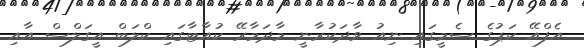
އެފްއޭ ކަޕުގެ ސެމީގައި ނިއު ވާދަކުރާނީ މާދަމާރޭ ކުއާޓާގައި ކްލަބް އީގަލްސް އާއި